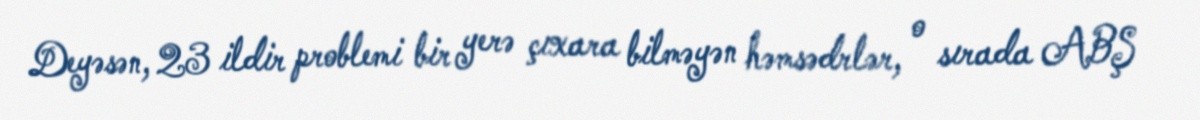
Deyəsən, 23 ildir problemi bir yerə çıxara bilməyən həmsədrlər, o sırada ABŞ